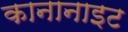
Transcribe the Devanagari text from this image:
कानानाइट